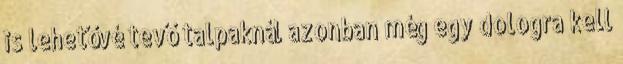
is lehetővé tevő talpaknál azonban még egy dologra kell